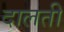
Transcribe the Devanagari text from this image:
दालती